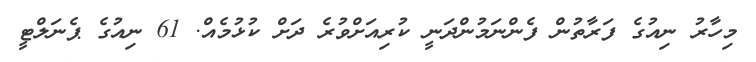
މިހާރު ނިއުގެ ފަރާތުން ފެންނަމުންދަނީ ކުރިއަށްވުރެ ދަށް ކުޅުމެއް. 61 ނިއުގެ ޕެނަލްޓީ